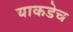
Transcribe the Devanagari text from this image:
याकडेच